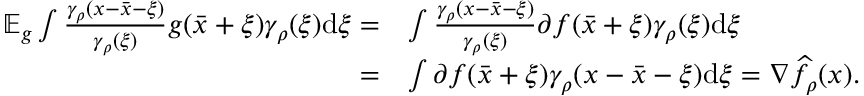
\begin{array} { r l } { \mathbb { E } _ { g } \int \frac { \gamma _ { \rho } ( x - \bar { x } - \xi ) } { \gamma _ { \rho } ( \xi ) } g ( \bar { x } + \xi ) \gamma _ { \rho } ( \xi ) \mathrm { d } \xi = } & { \int \frac { \gamma _ { \rho } ( x - \bar { x } - \xi ) } { \gamma _ { \rho } ( \xi ) } \partial f ( \bar { x } + \xi ) \gamma _ { \rho } ( \xi ) \mathrm { d } \xi } \\ { = } & { \int \partial f ( \bar { x } + \xi ) \gamma _ { \rho } ( x - \bar { x } - \xi ) \mathrm { d } \xi = \nabla \widehat { f } _ { \rho } ( x ) . } \end{array}